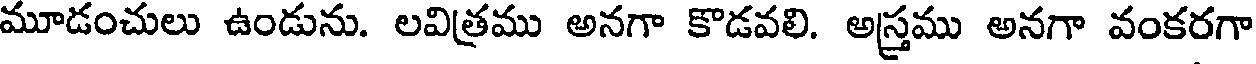
మూడంచులు ఉండును. లవిత్రము అనగా కొడవలి. అస్త్రము అనగా వంకరగా